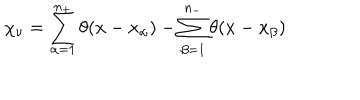
\chi _ { \nu } = \sum _ { \alpha = 1 } ^ { n _ { + } } \theta ( x - x _ { \alpha } ) - \sum _ { \beta = 1 } ^ { n _ { - } } \theta ( x - x _ { \beta } )